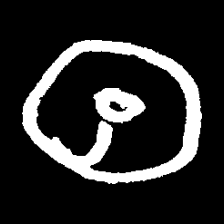
Pyu character \u2014 Myanmar letter: ထ (romanized: tha)